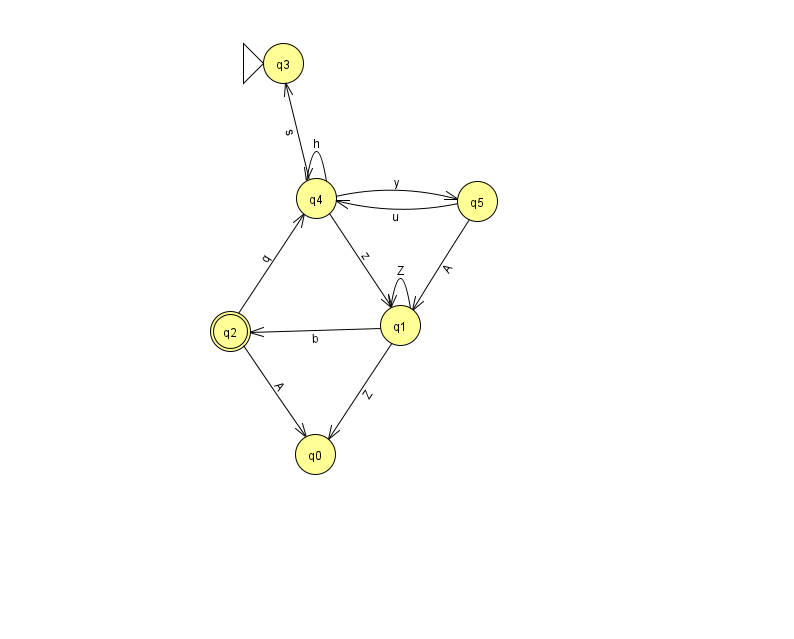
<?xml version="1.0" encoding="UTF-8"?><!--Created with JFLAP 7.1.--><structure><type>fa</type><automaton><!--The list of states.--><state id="0" name="q0"><x>315.0</x><y>441.0</y></state><state id="1" name="q1"><x>400.0</x><y>312.0</y></state><state id="2" name="q2"><x>230.0</x><y>318.0</y><final/></state><state id="3" name="q3"><x>283.0</x><y>50.0</y><initial/></state><state id="4" name="q4"><x>316.0</x><y>185.0</y></state><state id="5" name="q5"><x>477.0</x><y>188.0</y></state><!--The list of transitions.--><transition><from>4</from><to>5</to><read>y</read></transition><transition><from>4</from><to>3</to><read>s</read></transition><transition><from>4</from><to>4</to><read>h</read></transition><transition><from>5</from><to>1</to><read>A</read></transition><transition><from>5</from><to>4</to><read>u</read></transition><transition><from>1</from><to>1</to><read>Z</read></transition><transition><from>1</from><to>2</to><read>b</read></transition><transition><from>2</from><to>0</to><read>A</read></transition><transition><from>2</from><to>4</to><read>q</read></transition><transition><from>1</from><to>0</to><read>Z</read></transition><transition><from>4</from><to>1</to><read>z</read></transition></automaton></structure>